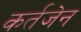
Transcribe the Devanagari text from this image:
कर्तजेन